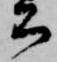
公